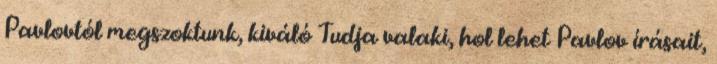
Pavlovtól megszoktunk, kiváló Tudja valaki, hol lehet Pavlov írásait,